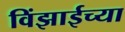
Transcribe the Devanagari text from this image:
विंझाईच्या